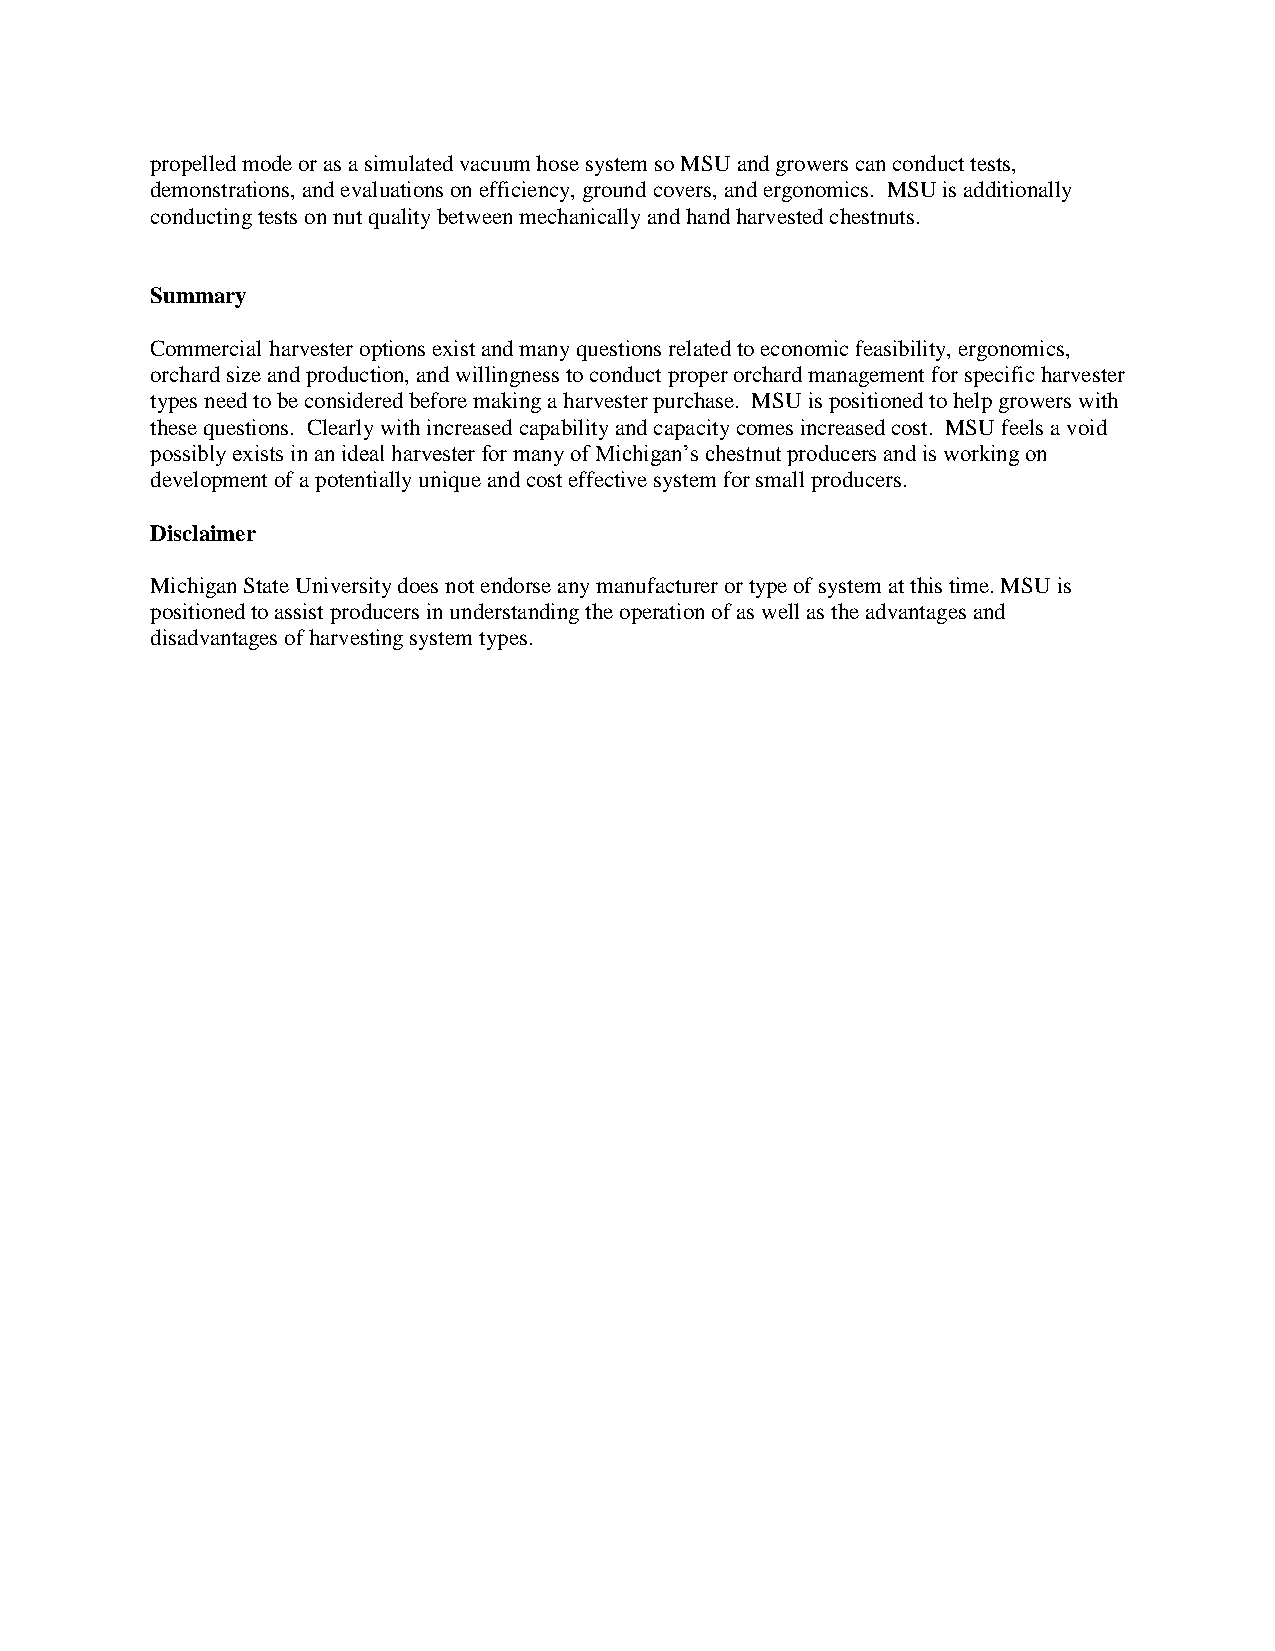
propelled mode or as a simulated vacuum hose system so MSU and growers can conduct tests,
 demonstrations, and evaluations on efficiency, ground covers, and ergonomics. MSU is additionally
 conducting tests on nut quality between mechanically and hand harvested chestnuts.
 Summary
 Commercial harvester options exist and many questions related to economic feasibility, ergonomics,
 orchard size and production, and willingness to conduct proper orchard management for specific harvester
 types need to be considered before making a harvester purchase. MSU is positioned to help growers with
 these questions. Clearly with increased capability and capacity comes increased cost. MSU feels a void
 possibly exists in an ideal harvester for many of Michigan’s chestnut producers and is working on
 development of a potentially unique and cost effective system for small producers.
 Disclaimer
 Michigan State University does not endorse any manufacturer or type of system at this time. MSU is
 positioned to assist producers in understanding the operation of as well as the advantages and
 disadvantages of harvesting system types.